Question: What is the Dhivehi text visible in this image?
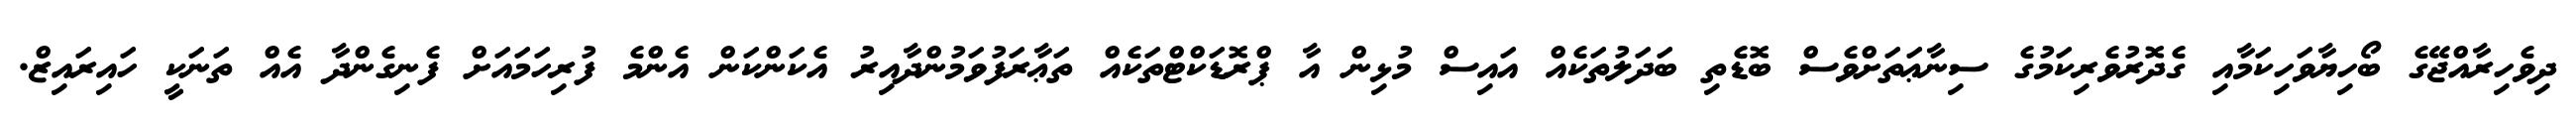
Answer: ދިވެހިރާއްޖޭގެ ބޯހިޔާވަހިކަމާއި ގެދޮރުވެރިކަމުގެ ސިނާޢަތަށްވެސް ބޮޑެތި ބަދަލުތަކެއް އައިސް މުޅިން އާ ޕްރޮޑަކްޓްތަކެއް ތަޢާރަފުވަމުންދާއިރު އެކަންކަން އެންމެ ފުރިހަމައަށް ފެނިގެންދާ އެއް ތަނަކީ ހައިރައިޒް.